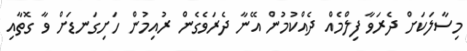
މިސާލަކަށް ދެރަވާ ފިލްމެއް ދެއްކުމުން އޭނާ ދެރަވެގެން ރުއިމުން ހަށިގަނޑަށް ވާ ގޮތާއި